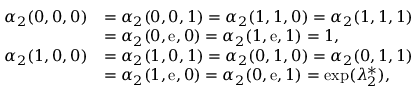
\begin{array} { r l } { \alpha _ { 2 } ( 0 , 0 , 0 ) } & { = \alpha _ { 2 } ( 0 , 0 , 1 ) = \alpha _ { 2 } ( 1 , 1 , 0 ) = \alpha _ { 2 } ( 1 , 1 , 1 ) } \\ & { = \alpha _ { 2 } ( 0 , \mathrm { e } , 0 ) = \alpha _ { 2 } ( 1 , \mathrm { e } , 1 ) = 1 , } \\ { \alpha _ { 2 } ( 1 , 0 , 0 ) } & { = \alpha _ { 2 } ( 1 , 0 , 1 ) = \alpha _ { 2 } ( 0 , 1 , 0 ) = \alpha _ { 2 } ( 0 , 1 , 1 ) } \\ & { = \alpha _ { 2 } ( 1 , \mathrm { e } , 0 ) = \alpha _ { 2 } ( 0 , \mathrm { e } , 1 ) = \exp ( \lambda _ { 2 } ^ { * } ) , } \end{array}